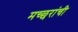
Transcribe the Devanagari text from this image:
मच्छरांची